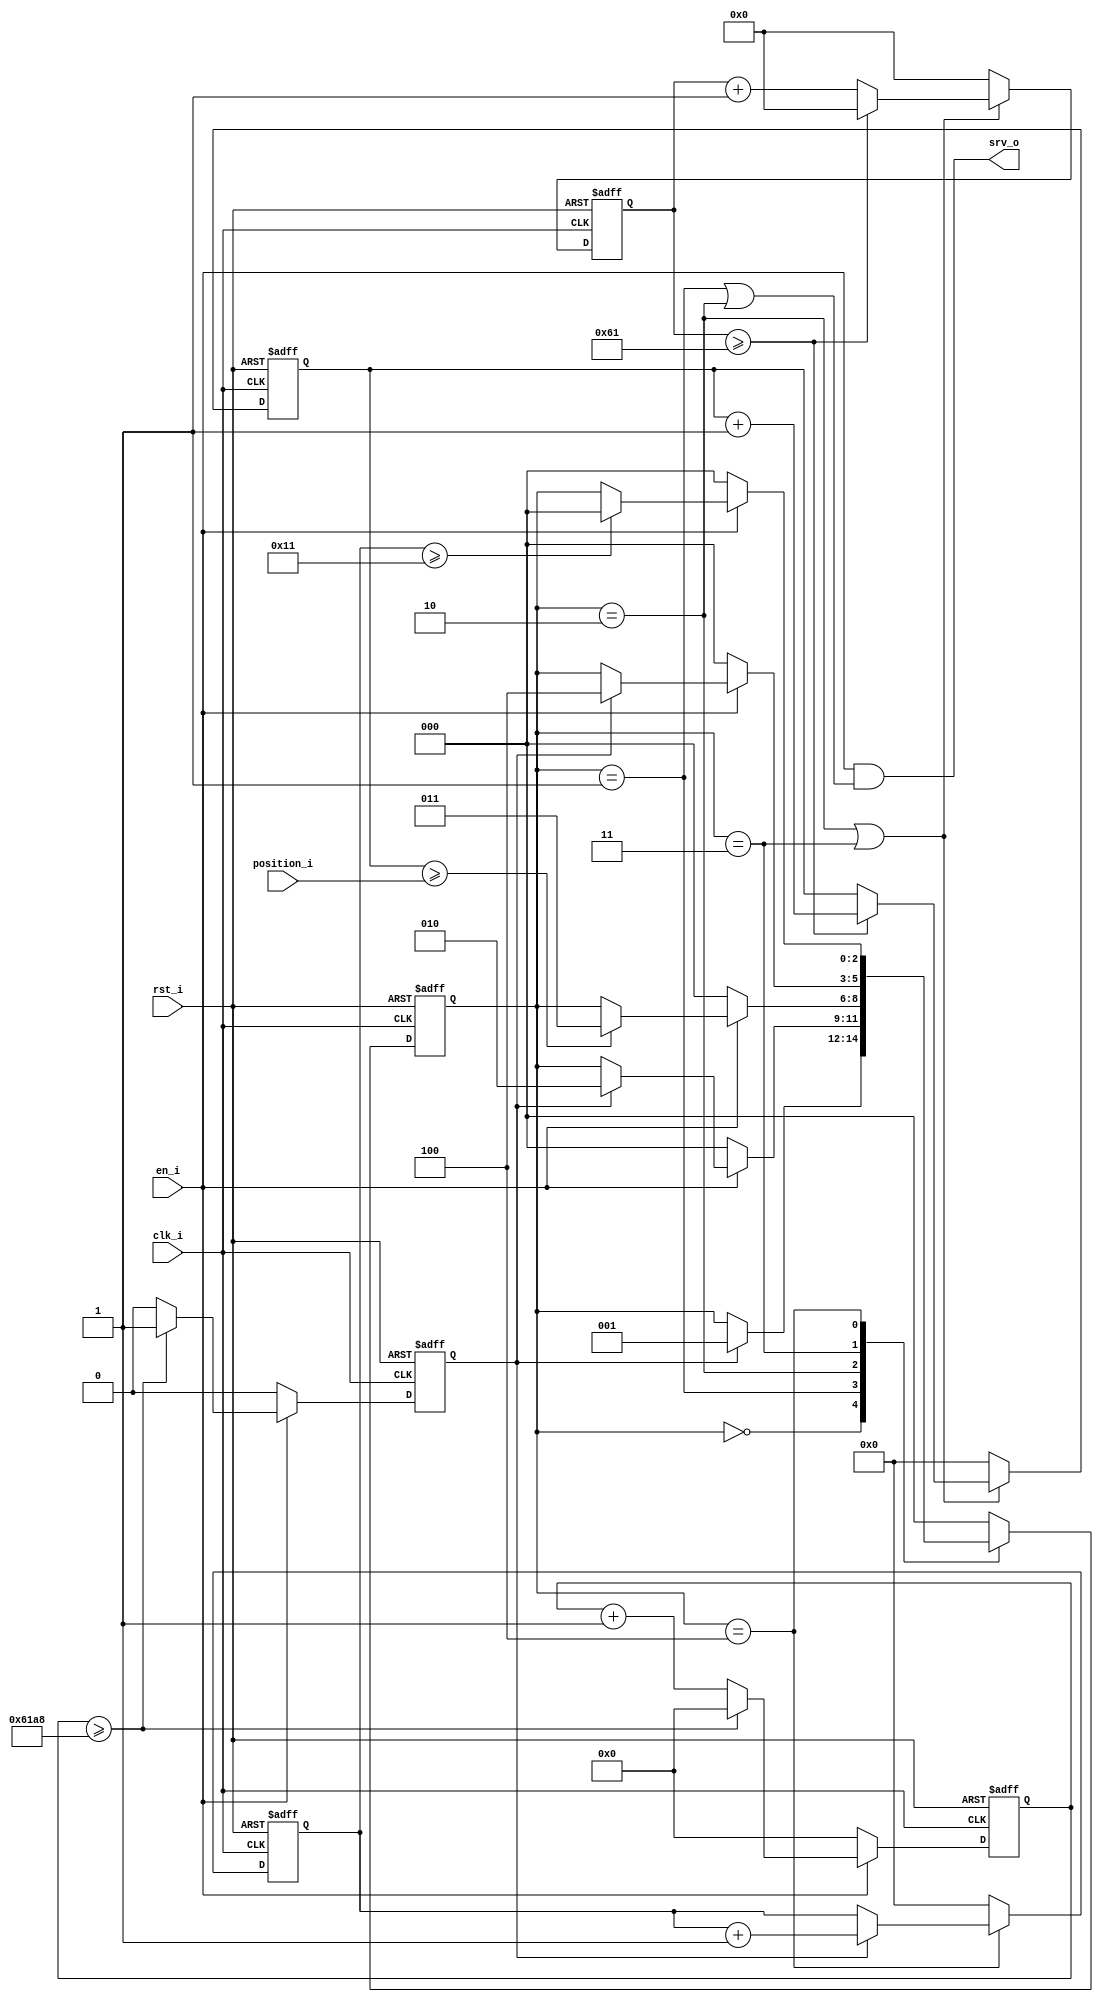
module SimpleServo #(
    parameter CLK_PER_NS = 40,
    parameter N = 8
)
(
    input clk_i,
    input rst_i,
    input en_i,
    input [N-1:0] position_i,
    output srv_o
);

`define MS 1_000_000

/************/
/* Counters */
/************/
/* ms counter : one pulse each milisecond*/
`define MS_COUNTER_SIZE ($clog2(1 + (`MS/CLK_PER_NS)))
reg [`MS_COUNTER_SIZE-1:0] mscounter;
reg ms_pulse;
always @(posedge clk_i or posedge rst_i)
begin
    if(rst_i)
    begin
        mscounter <= 0;
        ms_pulse <= 1'b0;
    end
    else
        begin
            ms_pulse <= 1'b0;
            if(!en_i)
                mscounter <= 0;
            /* verilator lint_off WIDTH */
            else if(mscounter >= (`MS/CLK_PER_NS))
            /* verilator lint_on WIDTH */
            begin
                mscounter <= 0;
                ms_pulse <= 1'b1;
            end
            else 
            begin
                mscounter <= mscounter + 1'b1;
            end
        end
end

/* 18 ms counter */
reg [7:0] counter18ms;
always @(posedge clk_i or posedge rst_i)
begin
    if(rst_i)
        counter18ms <= 0;
    else if(state_reg == s_low18ms)
        begin
            if(ms_pulse)
                counter18ms <= counter18ms + 1'b1;
        end
    else
        counter18ms <= 0;
end

/* pulse period counter */
`define PULSE_COUNTER_SIZE ($clog2(1 + ((`MS/CLK_PER_NS)/2**N)))
reg [`PULSE_COUNTER_SIZE-1:0] pulsecounter;
reg [N-1: 0] pulsecount;
always @(posedge clk_i or posedge rst_i)
begin
    if(rst_i)
    begin
        pulsecount <= 0;
        pulsecounter <= 0;
    end
    else
        if (state_reg == s_pulseon || state_reg == s_pulseoff)
           begin
               /* verilator lint_off WIDTH */
               if(pulsecounter >= ((`MS/CLK_PER_NS)/(2**N)))
               /* verilator lint_on WIDTH */
               begin
                   pulsecounter <= 0;
                   pulsecount <= pulsecount + 1;
               end
               else
                   pulsecounter <= pulsecounter + 1;
           end
        else
        begin
            pulsecounter <= 0;
            pulsecount <= 0;
        end
end

/*****************/
/* State machine */
/*****************/
localparam [2:0] s_init     = 3'h0,
                 s_pulse1ms = 3'h1,
                 s_pulseon  = 3'h2,
                 s_pulseoff = 3'h3,
                 s_low18ms  = 3'h4;

reg [2:0] state_reg, state_next;

always @(posedge clk_i or posedge rst_i)
    if(rst_i)
        state_reg <= s_init;
    else
        state_reg <= state_next;

always @*
begin
    case(state_reg)
        s_init: if(ms_pulse)
                    state_next = s_pulse1ms;
                else
                    state_next = state_reg;
        s_pulse1ms:
            if(!en_i)
                state_next = s_init;
            else if(ms_pulse)
                state_next = s_pulseon;
            else
                state_next = state_reg;
        s_pulseon :
            if(!en_i)
                state_next = s_init;
            else if(pulsecount >= position_i)
                state_next = s_pulseoff;
            else
                state_next = state_reg;
        s_pulseoff:
            if(!en_i)
                state_next = s_init;
            else if(ms_pulse)
                state_next = s_low18ms;
            else
                state_next = state_reg;
        s_low18ms :
            if(!en_i)
                state_next = s_init;
            else if(counter18ms >= 20 - 3)
                state_next = s_init;
            else
                state_next = state_reg;
        default:
            state_next = s_init;
    endcase;
end
/***********/
/* Outputs */
/***********/

assign srv_o = en_i && ((state_reg == s_pulse1ms) || (state_reg == s_pulseon));


`ifdef FORMAL
/***********/
/* Formal  */
/***********/

always @(posedge clk_i)
    if(!en_i)
        assert(srv_o == 1'b0);

`endif //FORMAL

`ifdef COCOTB_SIM
initial begin
  $dumpfile ("SimpleServo.vcd");
  $dumpvars (0, SimpleServo);
`ifdef ICARUS_SIM
  #1;
`endif
end
`endif

endmodule